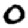
Digit: 0